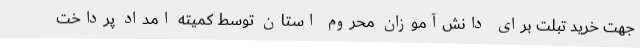
جهت خرید تبلت برای دانش‌آموزان محروم استان توسط کمیته امداد پرداخت